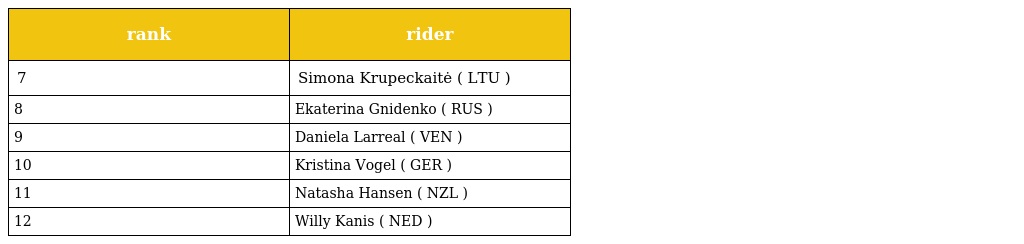
| rank | rider |
 | --- | --- |
 | 7 | Simona Krupeckaitė ( LTU ) |
 | 8 | Ekaterina Gnidenko ( RUS ) |
 | 9 | Daniela Larreal ( VEN ) |
 | 10 | Kristina Vogel ( GER ) |
 | 11 | Natasha Hansen ( NZL ) |
 | 12 | Willy Kanis ( NED ) |